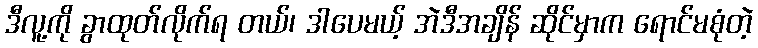
ဒီလူ့ကို ခွာထုတ်လိုက်ရ တယ်၊ ဒါပေမယ့် အဲဒီအချိန် ဆိုင်မှာက ရောင်မစုံတဲ့